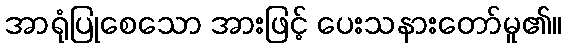
အာရုံပြုစေသော အားဖြင့် ပေးသနားတော်မူ၏။